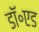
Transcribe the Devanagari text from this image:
डॉ॰एड